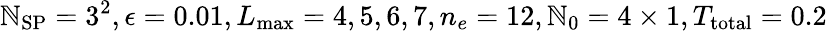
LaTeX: \mathbb{N}_{\mathrm{{SP}}}=3^{2},\epsilon=0.01,L_{\operatorname*{max}}=4,5,6,7,n_{e}=12,\mathbb{N}_{0}=4\times1,T_{\mathrm{{total}}}=0.2